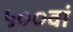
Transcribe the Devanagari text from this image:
५००वां